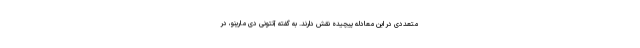
متعددی در این معادله پیچیده نقش دارند. به گفته آنتونی دی مارینو، در